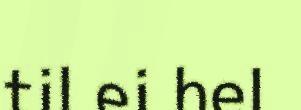
til ei hel